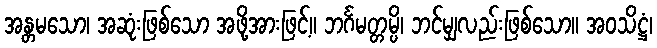
အန္တမသော၊ အဆုံးဖြစ်သော အဖို့အားဖြင့်။ ဘင်္ဂမတ္တမ္ပိ၊ ဘင်မျှလည်းဖြစ်သော။ အဝသိဋ္ဌံ၊